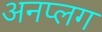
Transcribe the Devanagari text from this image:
अनप्लग